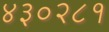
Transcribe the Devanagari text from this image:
४३०२८१